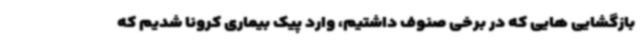
بازگشایی هایی که در برخی صنوف داشتیم، وارد پیک بیماری کرونا شدیم که